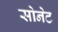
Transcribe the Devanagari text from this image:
सोनेट